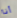
أنا